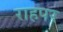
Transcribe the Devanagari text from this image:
राहपर